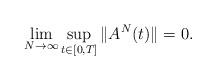
LaTeX: \begin{align*} \lim_{N\to\infty}\sup_{t\in[0,T]}\|A^N(t)\|=0. \end{align*}